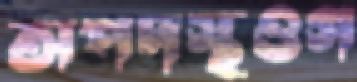
অপদস্থওগ